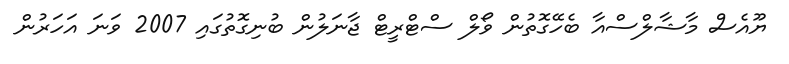
ޔޫއެސް މާޝާލްސްއާ ބެހޭގޮތުން ވޯލް ސްޓްރީޓް ޖާނަލުން ބުނިގޮތުގައި 2007 ވަނަ އަހަރުން